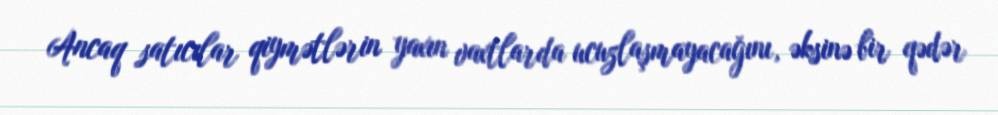
Ancaq satıcılar qiymətlərin yaxın vaxtlarda ucuzlaşmayacağını, əksinə bir qədər